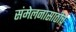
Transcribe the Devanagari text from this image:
संमेलनासाठीचे